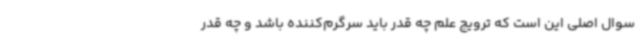
سوال اصلی این است که ترویج علم چه قدر باید سرگرم‌کننده باشد و چه قدر